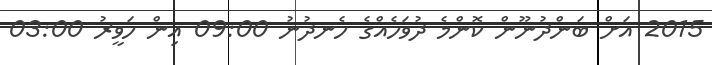
2015 އަށް ބަންދުނޫން ކޮންމެ ދުވަހެއްގެ ހެނދުނު 09:00 އިން ހަވީރު 03:00